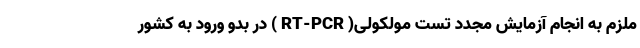
ملزم به انجام آزمایش مجدد تست مولکولی( RT-PCR ) در بدو ورود به کشور